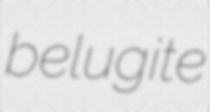
belugite